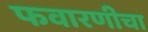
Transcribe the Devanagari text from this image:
फवारणीचा